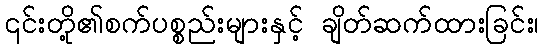
၎င်းတို့၏စက်ပစ္စည်းများနှင့် ချိတ်ဆက်ထားခြင်း၊